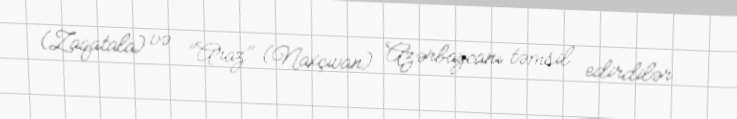
(Zaqatala) və "Araz" (Naxçıvan) Azərbaycanı təmsil edirdilər.